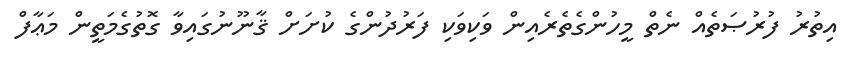
އިތުރު ފުރުޞަތެއް ނެތް މީހުންގެތެރެއިން ވަކިވަކި ފަރުދުންގެ ކުށަށް ޤާނޫނުގައިވާ ގޮތުގެމަތީން މަޢާފް